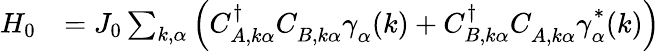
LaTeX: \begin{array}{rl}{H_{0}}&{=J_{0}\sum_{k,\alpha}{\left(C_{A,k\alpha}^{\dagger}C_{B,k\alpha}^{\vphantom{\dagger}}\gamma_{\vphantom{A}\alpha}^{\vphantom{\dagger}}(k)+C_{B,k\alpha}^{\dagger}C_{A,k\alpha}^{\vphantom{\dagger}}\gamma_{\vphantom{A}\alpha}^{*\vphantom{\dagger}}(k)\right)}}\end{array}